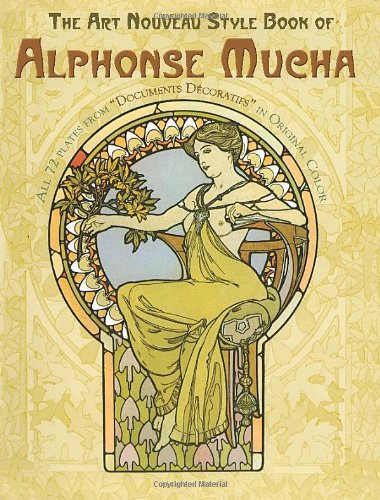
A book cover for The Art Nouveau Style Book of Alphonse Mucha (Dover Fine Art, History of Art); Alphonse Mucha; Arts & Photography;